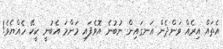
އެތައް އިރެއް ވަންދެން އަނގައިން ނުބުނެ އޮވެފައި މަންމަ އެބުނީ ކީކޭ ހެއްޔެވެ!